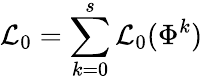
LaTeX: {\cal L}_{0}=\sum_{k=0}^{s}{\cal L}_{0}(\Phi^{k})